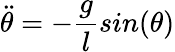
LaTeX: \ddot{\theta}=-\frac{g}{l}sin(\theta)